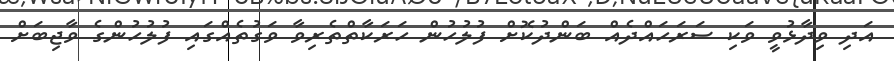
އަދި ވިދާޅުވީ ވަކި ސަރަހައްދެއް ބަންދުކޮށް ފުލުހުން ހަރަކާތްތެރިވާ ވަގުތެއްގައި ފުލުހުންގެ ވާޖިބަށް